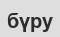
бүру